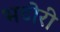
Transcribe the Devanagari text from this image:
भटोरी